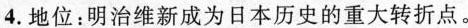
4.地位：明治维新成为日本历史的重大转折点。